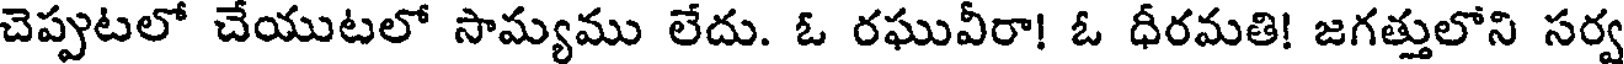
చెప్పుటలో చేయుటలో సామ్యము లేదు. ఓ రఘువీరా! ఓ ధీరమతి! జగత్తులోని సర్వ